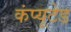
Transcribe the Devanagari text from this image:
कंप्यूटेड